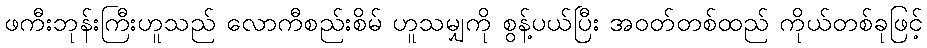
ဖကီးဘုန်းကြီးဟူသည် လောကီစည်းစိမ် ဟူသမျှကို စွန့်ပယ်ပြီး အဝတ်တစ်ထည် ကိုယ်တစ်ခုဖြင့်